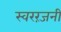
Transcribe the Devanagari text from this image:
स्वररंजनी